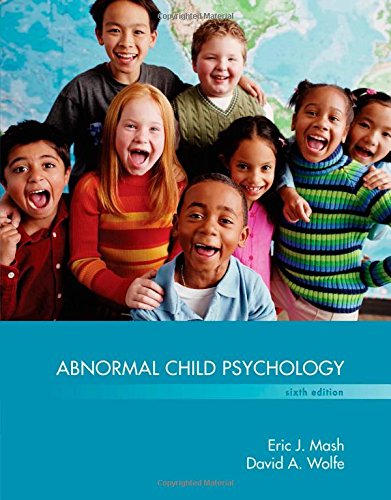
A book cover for Abnormal Child Psychology; Eric J Mash; Health, Fitness & Dieting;